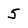
Character: 5